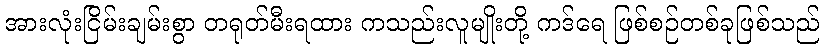
အားလုံးငြိမ်းချမ်းစွာ တရုတ်မီးရထား ကသည်းလူမျိုးတို့ ကဒ်ရေ ဖြစ်စဉ်တစ်ခုဖြစ်သည်